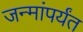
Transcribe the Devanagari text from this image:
जन्मांपर्यंत